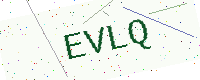
Text: EVLQ